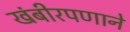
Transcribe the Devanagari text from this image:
खंबीरपणाने